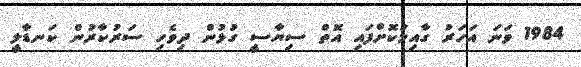
1984 ވަނަ އަހަރު ގާއިމުކޮށްފައި އޮތް ސިޔާސީ ގުޅުން ދިވެހި ސަރުކާރުން ކަނޑާލީ